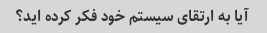
آیا به ارتقای سیستم خود فکر کرده اید؟